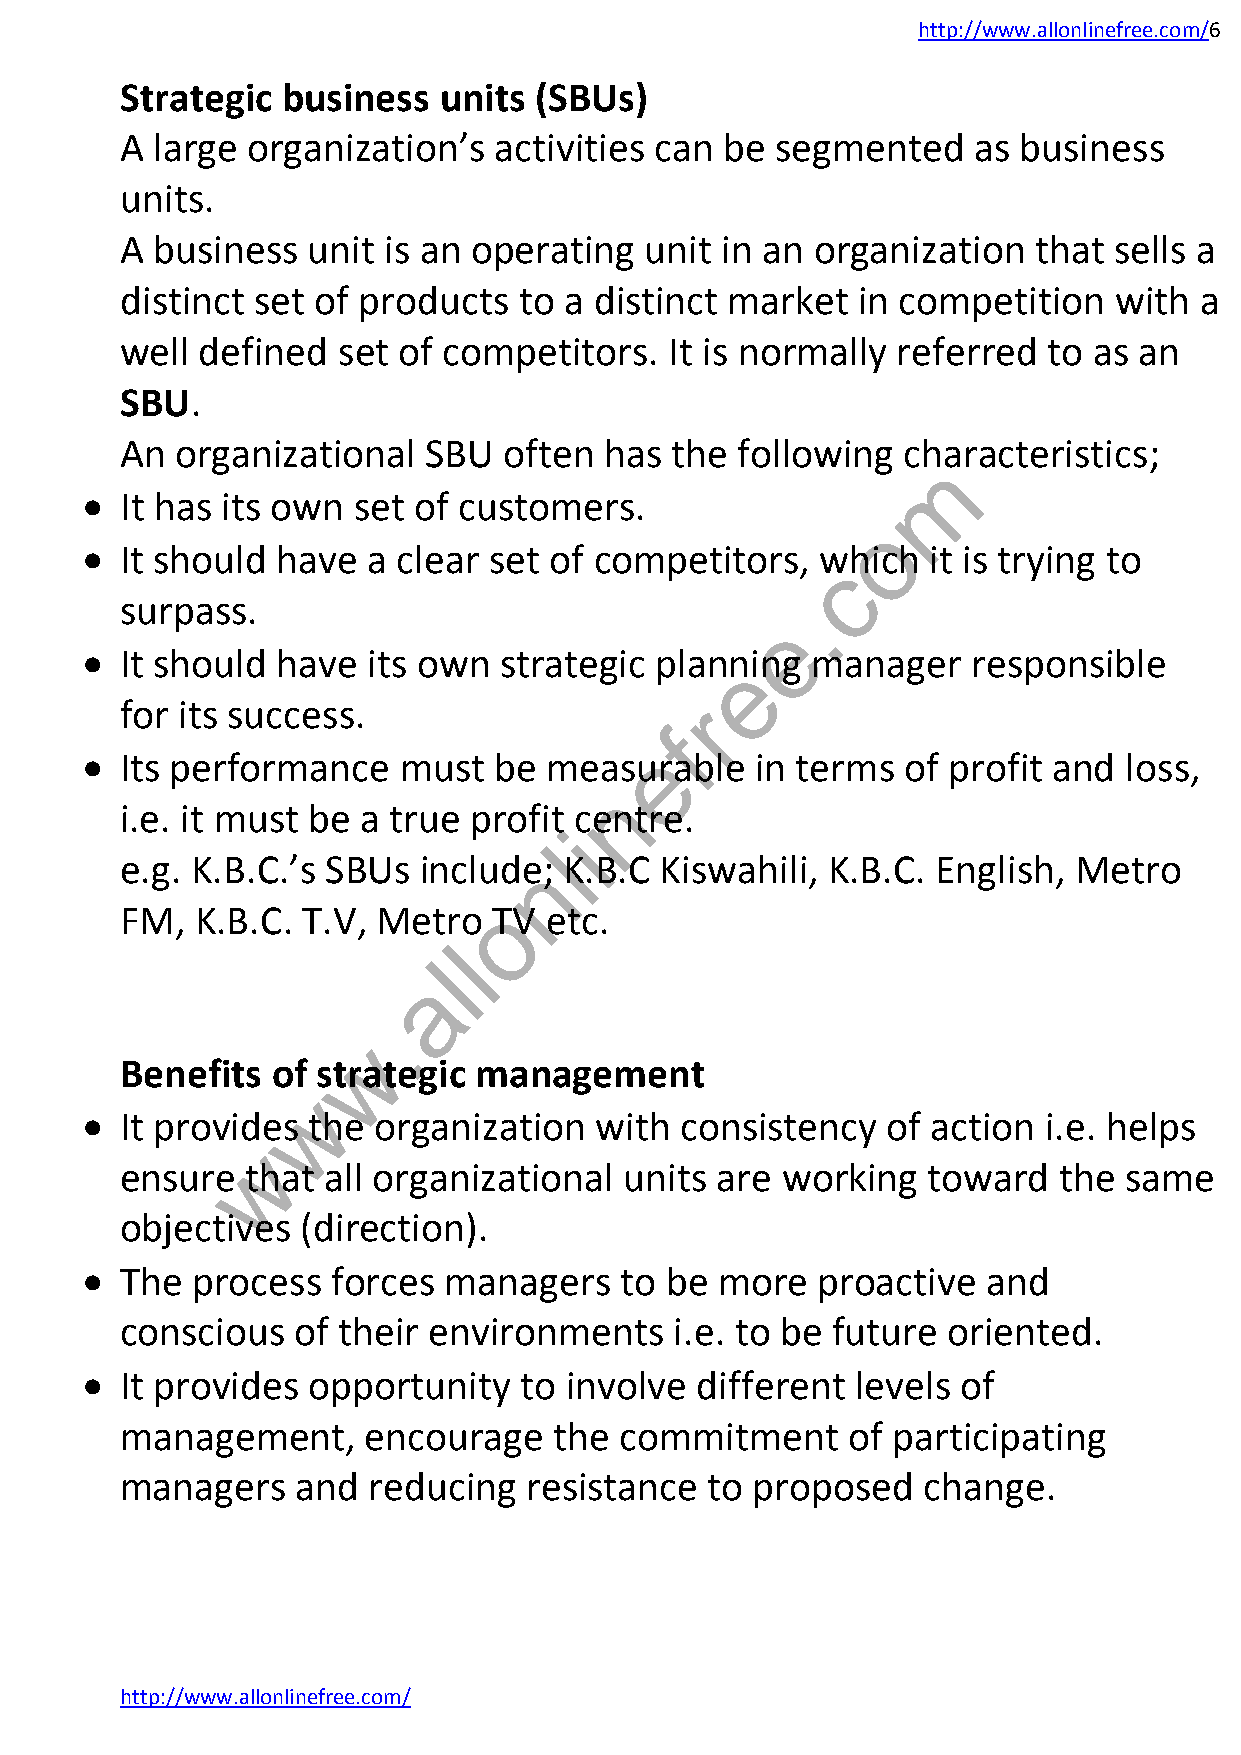
http://www.allonlinefree.com/6
 Strategic  business  units (SBUs)
 A large organization’s   activities can be segmented    as business
 units.
 A business  unit is an operating   unit in an organization  that  sells a
 distinct set of products  to a distinct market   in competition   with a
 well defined  set of competitors.   It is normally referred  to as an
 SBU.
 An  organizational  SBU  often  has the  following  characteristics;
 m
   It has its own set of customers.
 o
   It should have  a clear set of competitors,   which   it is trying to
 c
 surpass.                                    .
 e
   It should have  its own  strategic planneing  manager   responsible
 for its success.                      r
 f
 e
   Its performance   must   be measurable    in terms  of profit and loss,
 n
 i.e. it must be a true profit centre.
 i
 l
 e.g. K.B.C.’s SBUs  includen; K.B.C Kiswahili, K.B.C. English, Metro
 o
 FM,  K.B.C. T.V, Metro   TV etc.
 l
 l
 a
 .
 w
 Benefits  of strategic management
 w
   It provides the  organization  with  consistency   of action i.e. helps
 w
 ensure  that  all organizational units are  working  toward   the same
 objectives  (direction).
   The  process  forces managers    to be  more  proactive  and
 conscious   of their environments    i.e. to be future oriented.
   It provides opportunity   to involve  different  levels of
 management,     encourage    the commitment     of participating
 managers    and reducing   resistance  to proposed   change.
 http://www.allonlinefree.com/